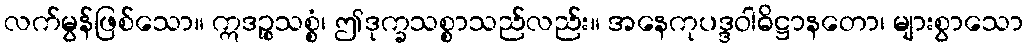
လက်မွန်ဖြစ်သော။ ဣဒဉ္စသစ္စံ၊ ဤဒုက္ခသစ္စာသည်လည်း။ အနေကုပဒ္ဒဝါဓိဋ္ဌာနတော၊ များစွာသော